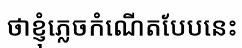
ថាខ្ញុំភ្លេចកំណើតបែបនេះ